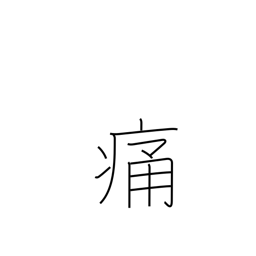
Meaning: hurt